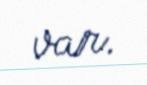
var.